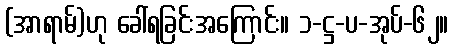
(အာရာမ်)ဟု ခေါ်ရခြင်းအကြောင်း။ ၁-ဋ္ဌ-ပ-အုပ်-၆၂။